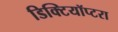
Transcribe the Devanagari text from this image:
डिक्टियॉप्टरा